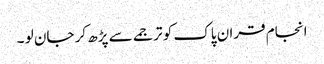
انجام قران پاک کو ترجمے سے پڑھ کر جان لو ۔